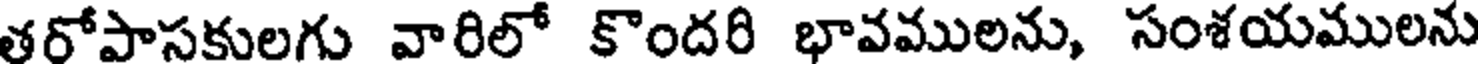
తరోపాసకులగు వారిలో కొందరి భావములను, సంశయములను